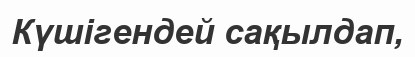
Күшігендей сақылдап,